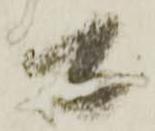
而